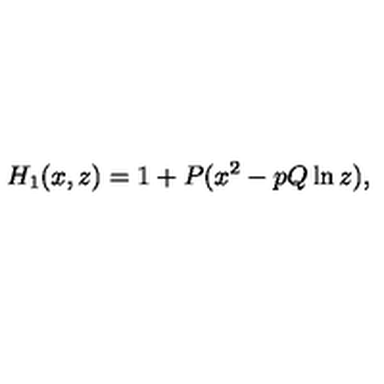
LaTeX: H _ { 1 } ( x , z ) = 1 + P ( x ^ { 2 } - p Q \ln z ) ,